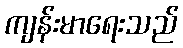
ကျန်းမာရေးသည်